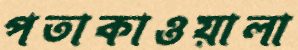
পতাকাওয়ালা